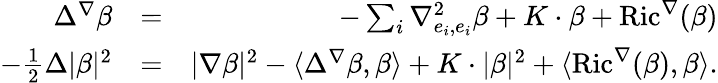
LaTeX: \begin{array}{rlr}{\Delta^{\nabla}\beta}&{=}&{-\sum_{i}\nabla_{e_{i},e_{i}}^{2}\beta+K\cdot\beta+\operatorname{Ric}^{\nabla}(\beta)}\\ {-\frac{1}{2}\Delta|\beta|^{2}}&{=}&{|\nabla\beta|^{2}-\langle\Delta^{\nabla}\beta,\beta\rangle+K\cdot|\beta|^{2}+\langle\operatorname{Ric}^{\nabla}(\beta),\beta\rangle.}\end{array}